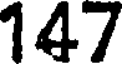
147